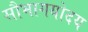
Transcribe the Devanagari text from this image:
सौभागयोदय